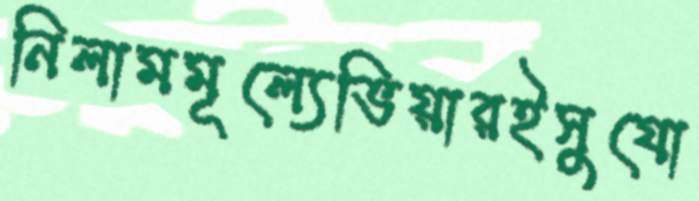
নিলামমূল্যেভিয়ারইসুযো